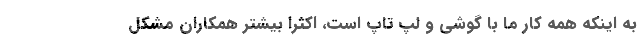
به اینکه همه کار ما با گوشی و لپ تاپ است، اکثراً بیشتر همکاران مشکل